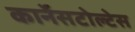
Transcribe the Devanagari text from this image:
कार्नेसटोल्टेस